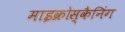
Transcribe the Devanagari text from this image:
माइक्रोस्कैनिंग